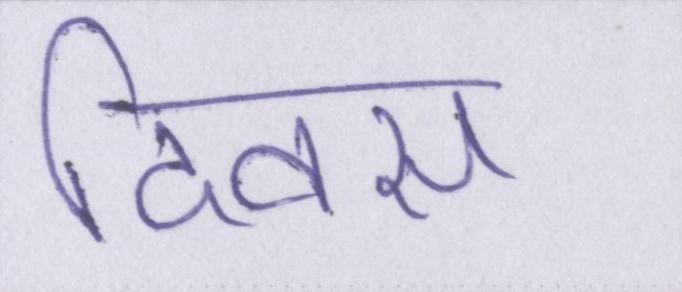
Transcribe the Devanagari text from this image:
दिवस